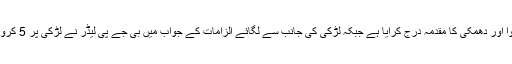
اس نے سوامی چنمیانند کے خلاف ریپ، اغوا اور دھمکی کا مقدمہ درج کرایا ہے جبکہ لڑکی کی جانب سے لگائے الزامات کے جواب میں بی جے پی لیڈر نے لڑکی پر 5 کروڑ روپئے کے مطالبے کا کیس فائل کیا ہے۔